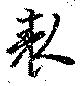
表